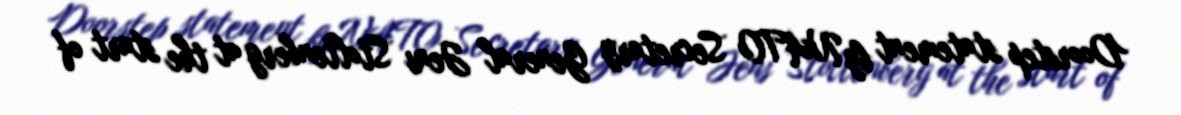
Doorstep statement by NATO Secretary General Jens Stoltenberg at the start of